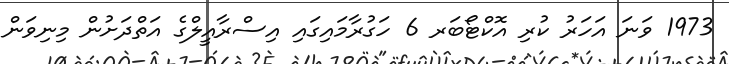
1973 ވަނަ އަހަރު ކުރި އޮކްޓޯބަރ 6 ހަގުރާމައިގައި އިސްރާއީލްގެ އަތްދަށުން މިނިވަން